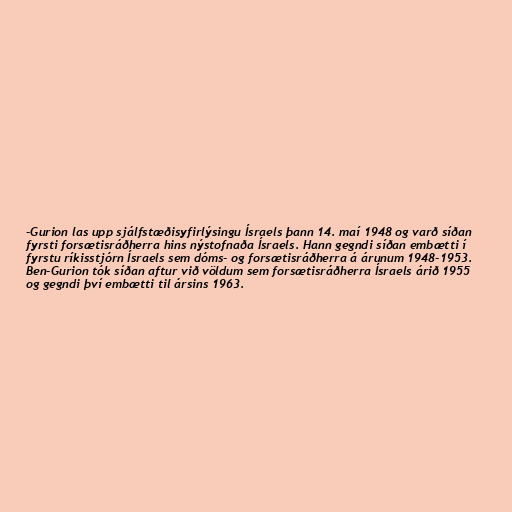
-Gurion las upp sjálfstæðisyfirlýsingu Ísraels þann 14. maí 1948 og varð síðan
fyrsti forsætisráðherra hins nýstofnaða Ísraels. Hann gegndi síðan embætti í
fyrstu ríkisstjórn Ísraels sem dóms- og forsætisráðherra á árunum 1948-1953.
Ben-Gurion tók síðan aftur við völdum sem forsætisráðherra Ísraels árið 1955
og gegndi því embætti til ársins 1963.